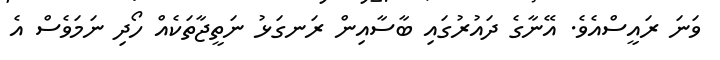
ވަނަ ރައީސްއެވެ. އޭނާގެ ދައުރުގައި ބާސާއިން ރަނގަޅު ނަތީޖާތަކެއް ހޯދި ނަމަވެސް އެ